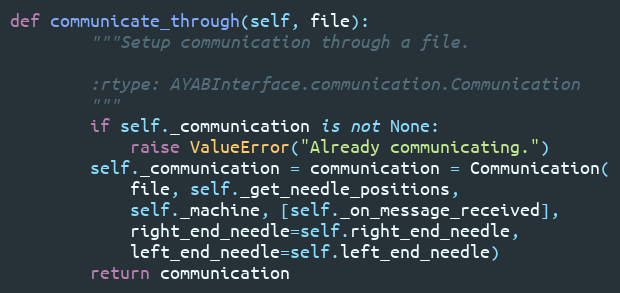
Language: Python
def communicate_through(self, file):
        """Setup communication through a file.

        :rtype: AYABInterface.communication.Communication
        """
        if self._communication is not None:
            raise ValueError("Already communicating.")
        self._communication = communication = Communication(
            file, self._get_needle_positions,
            self._machine, [self._on_message_received],
            right_end_needle=self.right_end_needle,
            left_end_needle=self.left_end_needle)
        return communication